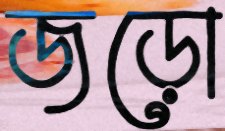
জড়ো